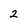
Character: 2